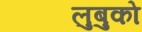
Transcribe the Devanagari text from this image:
लुबुको